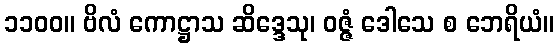
၁၁၀၀။ ဗိလံ ကောဋ္ဌာသ ဆိဒ္ဒေသု၊ ဝဇ္ဇံ ဒေါသေ စ ဘေရိယံ။